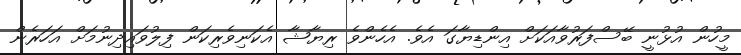
މީހުން އުޅުނީ ބޭސްފަރުވާއަކަށް އިންޑިޔާގަ އެވެ. އެހެންވެ ރިޔާޝާ އެކަނިވެރިކަން ފިލުވައިދިނުމަށް އަހަރެން